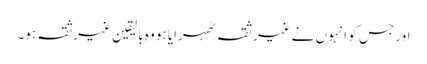
اور جس کو انہوں نے غیر ثقہ ٹھہرایا ہو وہ بالیقین غیرثقہ ہو۔